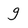
Character: g